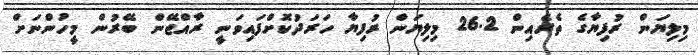
މިލިޔަން ރުފިޔާގެ ތެރެއިން 26.2 މިލިޔަން ރުފިޔާ ހަރަދުކޮށްފައިވަނީ ރާއްޖޭން ބޭރުން މީހުންނަށް